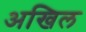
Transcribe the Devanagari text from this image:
अखिल